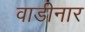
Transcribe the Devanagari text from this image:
वाडीनार